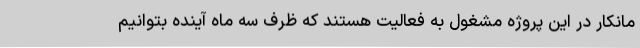
مانکار در این پروژه مشغول به فعالیت هستند که ظرف سه ماه آینده بتوانیم